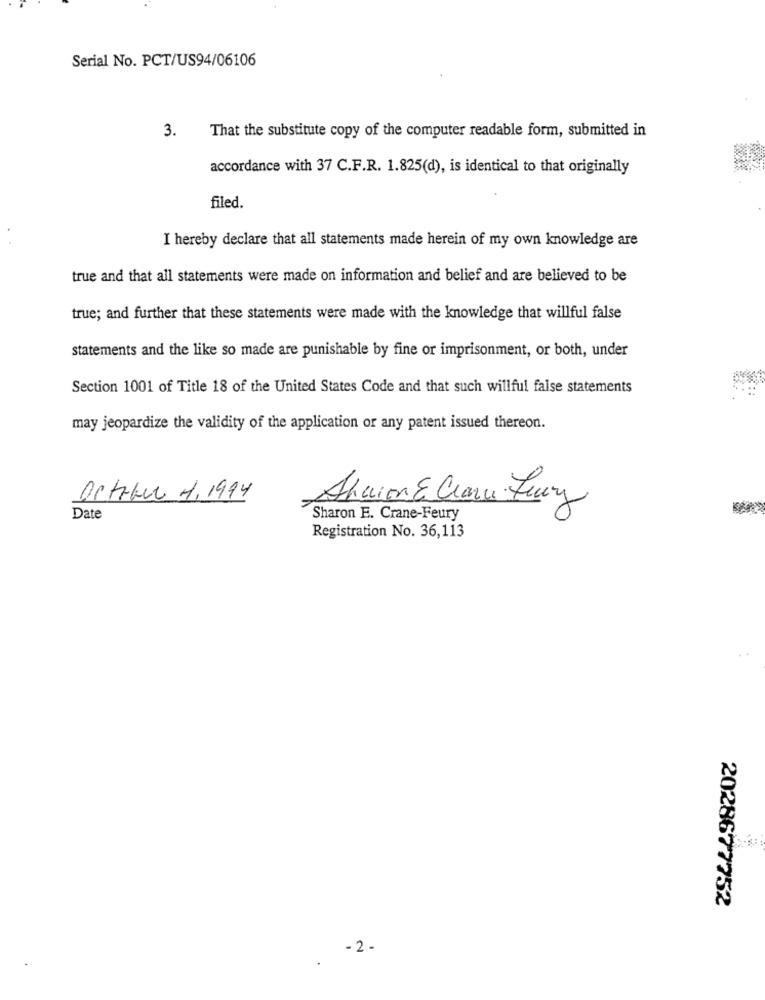
Serial No. PCT/US94/06106
3.
That the substitute copy of the computer readable form, submitted in
accordance with 37 C.F.R. 1.825(d), is identical to that originally
filed.
I hereby declare that all statements made herein of my own knowledge are
true and that all statements were made on information and belief and are believed to be
true; and further that these statements were made with the knowledge that willful false
statements and the like so made are punishable by fine or imprisonment, or both, under
Section 1001 of Title 18 of the United States Code and that such willful false statements
may jeopardize the validity of the application or any patent issued thereon.
October 1,1994
Abuon E Clara Fury
Date
Sharon E. Crane-Feury
Registration No. 36,113
2028677752
-2.